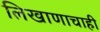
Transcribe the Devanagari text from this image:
लिखाणाचाही